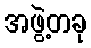
အဖွဲ့တခု